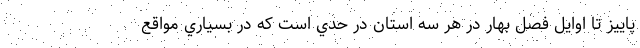
پاييز تا اوايل فصل بهار در هر سه استان در حدي است كه در بسياري مواقع